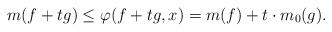
LaTeX: \begin{align*} m(f+tg) \leq \varphi(f+tg,x) = m(f)+t\cdot m_0(g).\end{align*}